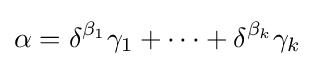
\alpha =\delta ^{\beta _{1}}\gamma _{1}+\cdots +\delta ^{\beta _{k}}\gamma _{k}